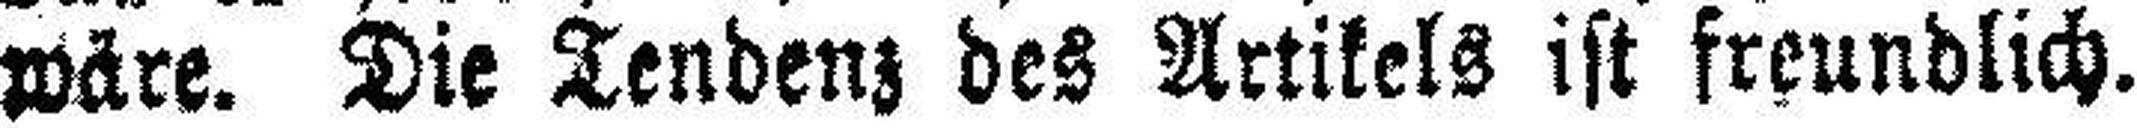
wäre. Die Tendenz des Artikels ist freundlich.